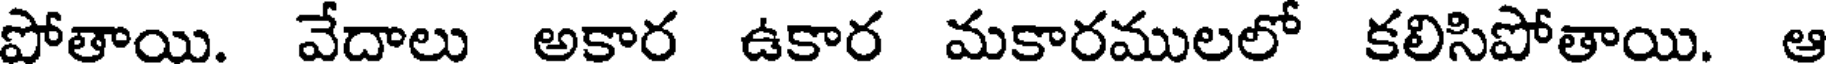
పోతాయి. వేదాలు అకార ఉకార మకారములలో కలిసిపోతాయి. ఆ